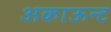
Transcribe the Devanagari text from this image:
अकाऊन्ट